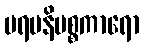
ပရမနိပစ္စကာရော